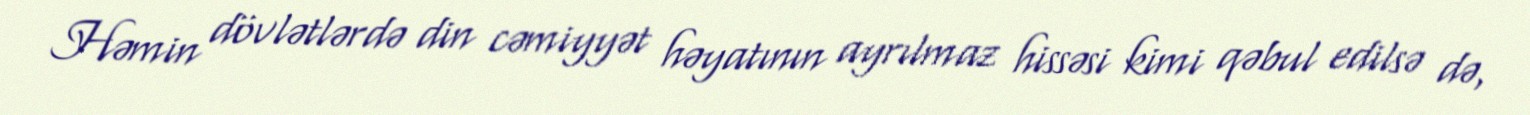
Həmin dövlətlərdə din cəmiyyət həyatının ayrılmaz hissəsi kimi qəbul edilsə də,